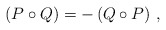
\begin{align*}\left ( P \circ Q \right ) = - \left ( Q \circ P \right ) \, ,\end{align*}